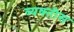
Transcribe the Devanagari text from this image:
व्यक्‍तीस